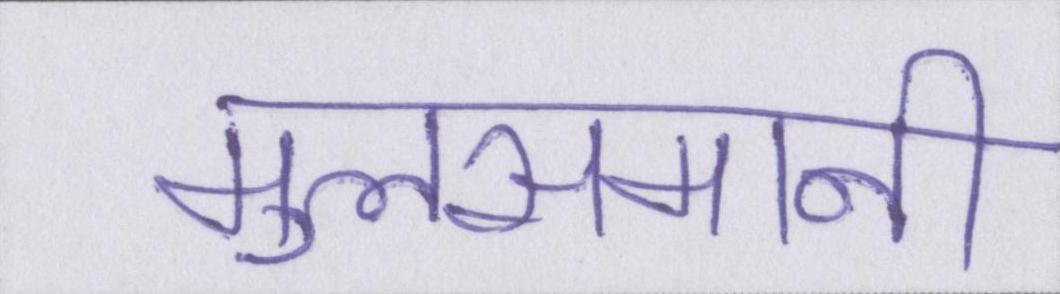
मुलसमानी